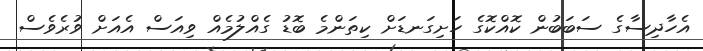
އެހާދިސާގެ ސަބަބުން ކޮއްކޮގެ ހަށިގަނޑަށް ކިތަންމެ ބޮޑު ގެއްލުމެއް ވިއަސް އެއަށް ވުރެވެސް